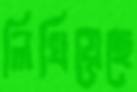
লিখিয়েছে